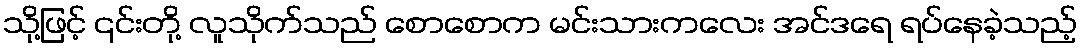
သို့ဖြင့် ၎င်းတို့ လူသိုက်သည် စောစောက မင်းသားကလေး အင်ဒရေ ရပ်နေခဲ့သည့်